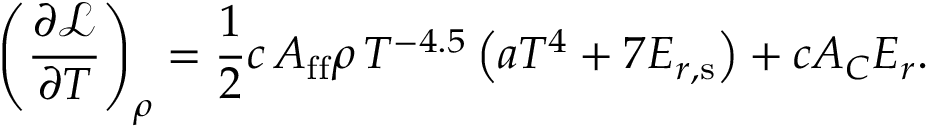
\left( \frac { \partial \mathcal { L } } { \partial T } \right) _ { \rho } = \frac { 1 } { 2 } c \, A _ { \mathrm { f f } } \rho \, T ^ { - 4 . 5 } \left( a T ^ { 4 } + 7 \ensuremath { E _ { r , \mathrm { s } } } \right) + c A _ { C } E _ { r } .